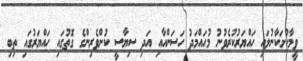
ވީމާކުށަކާނުލައި ހައްޔަރުކުރެވުނު މުޙައްމަދު ހަސަންއާއި އަދި ސިޔާސީ ކުށްވެރިންގެ ގޮތުގައި ހައްޔަރުގައި ތިބި